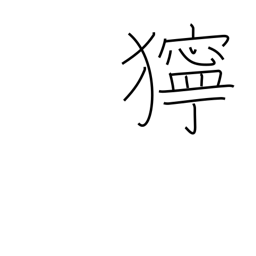
Meaning: bad